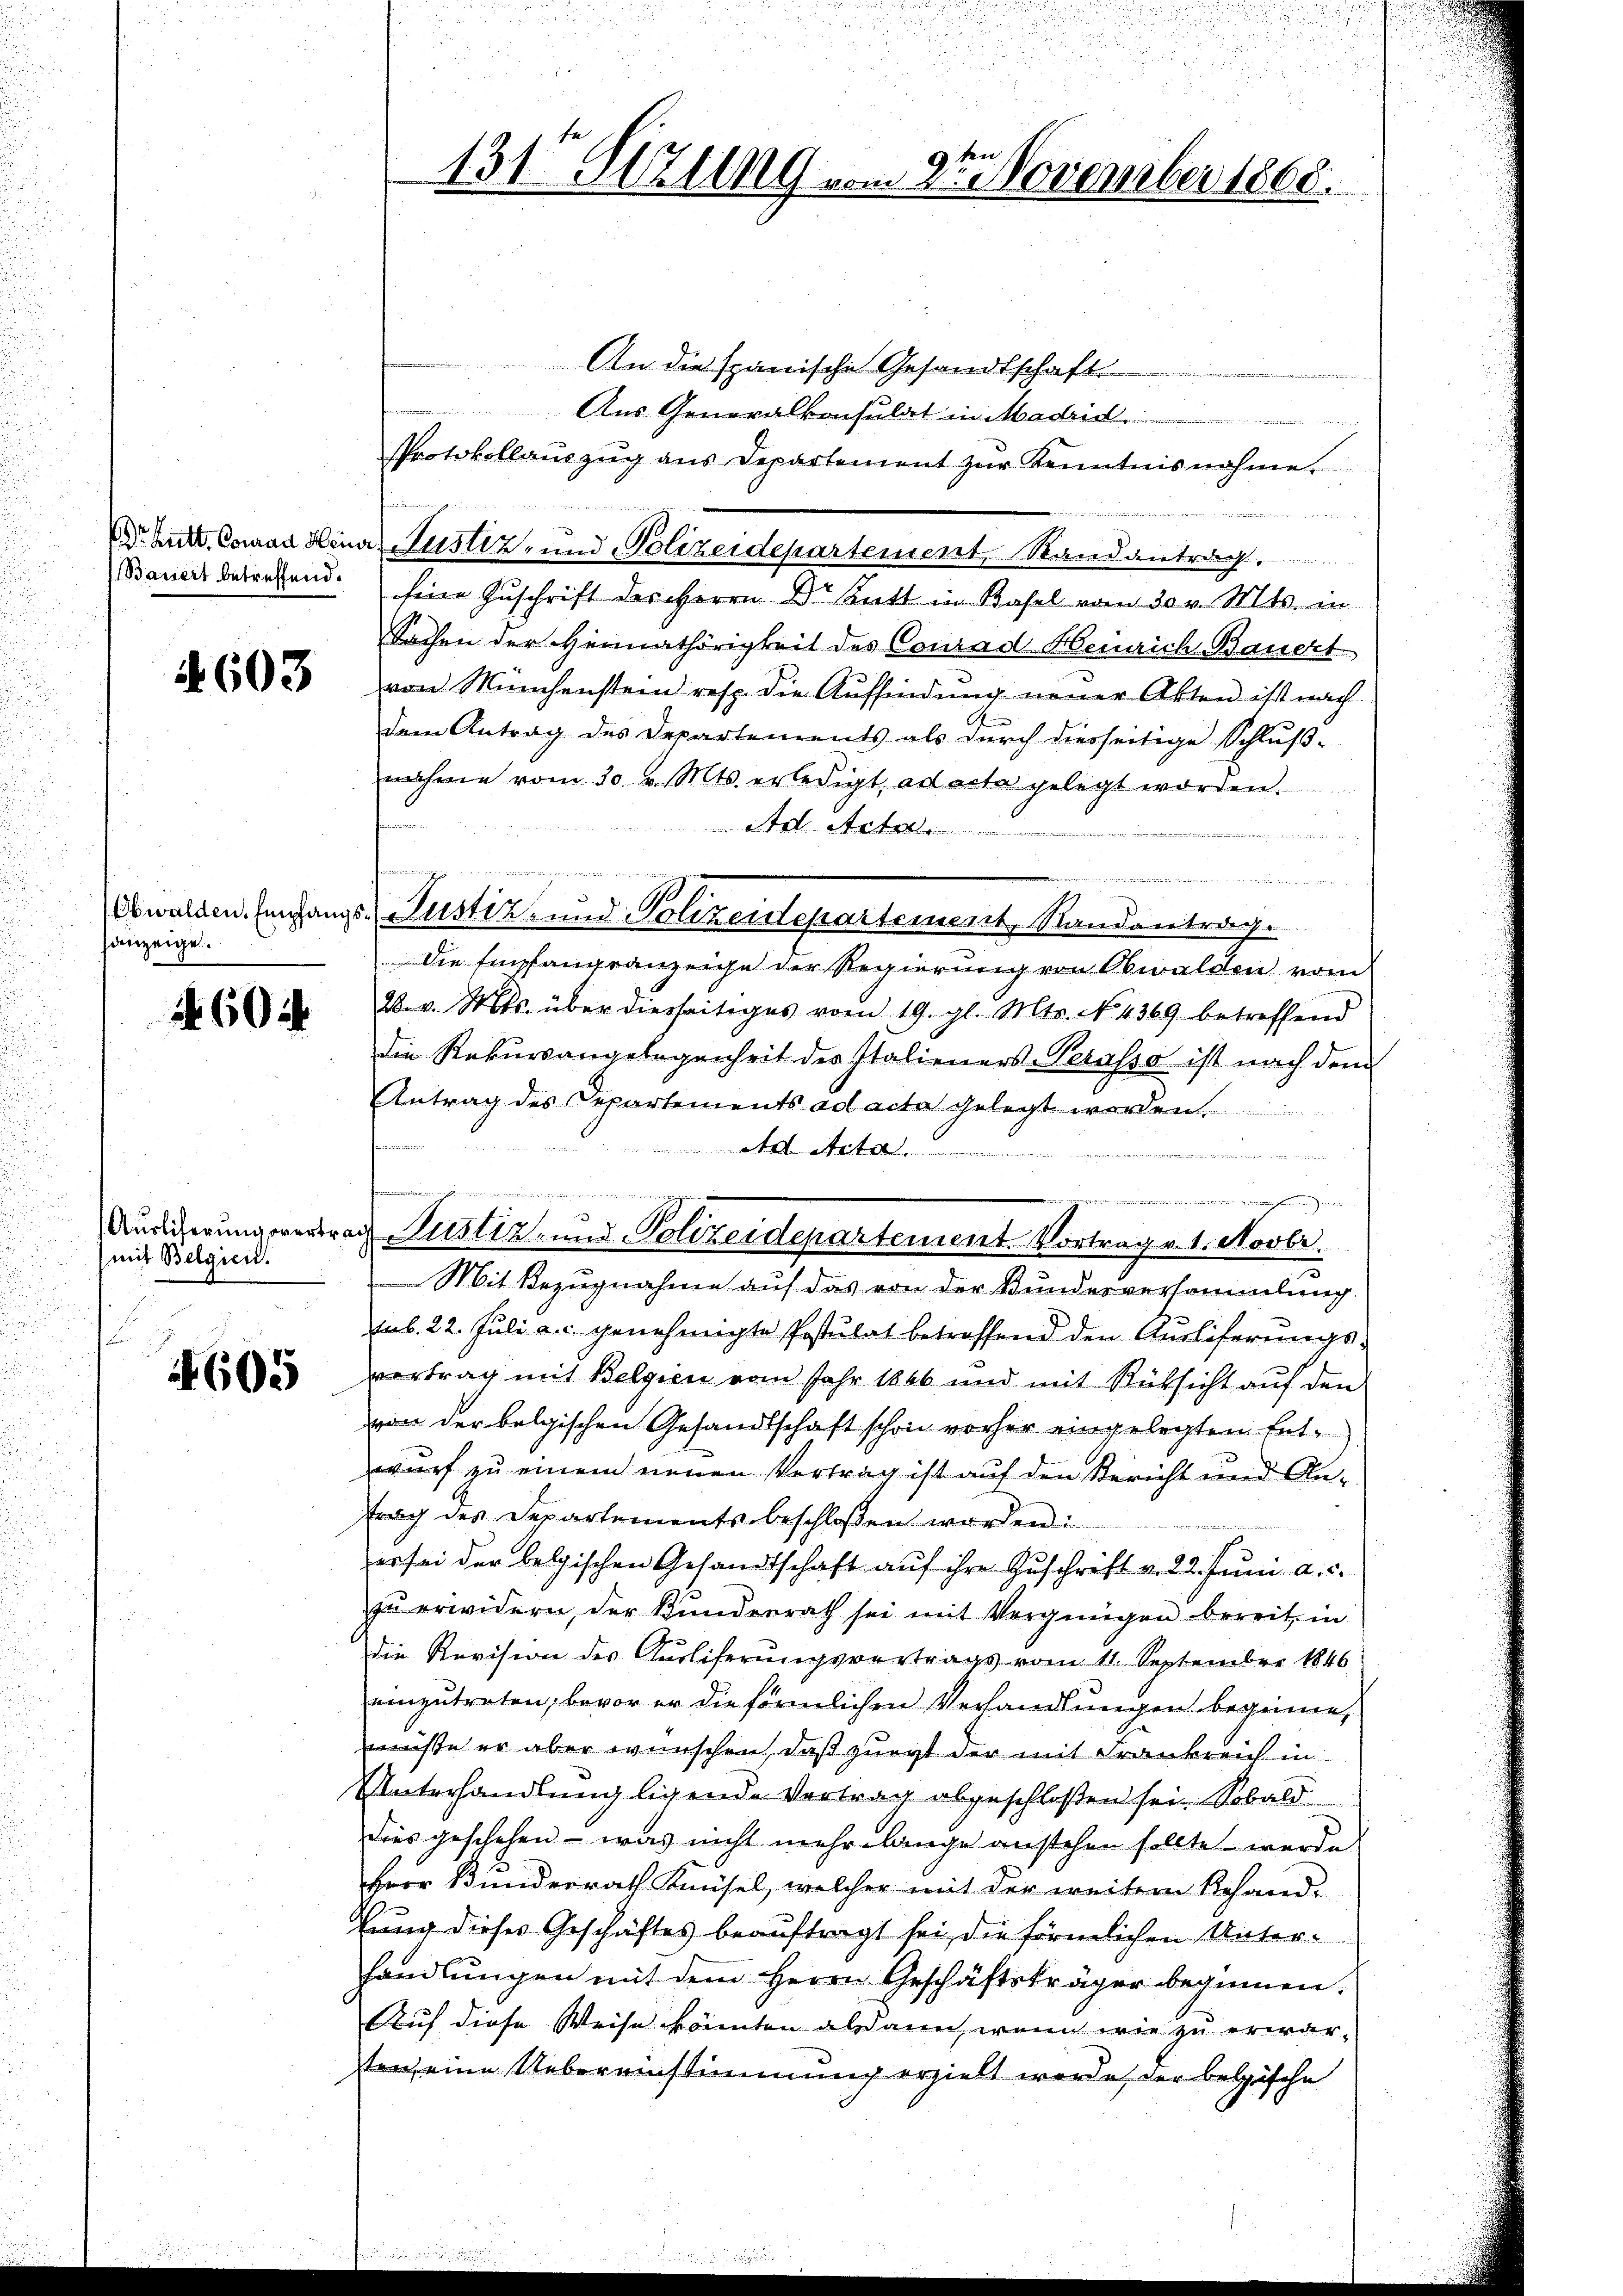
§ 603

sanzeige.

460

(mit Belgien.
.

i
1605

An die spanische Gesandtschaft
Aus Generalkonsulat in Madrid.
Protokollaŭszŭg ans Departement zŭr Kenntnisnahme.
22
Bauer betreffend. Eine Zuschrift des Herrn Dr. Kett in Basel vom 30 v. Mts. in
Sachen der Heimathörigkeit des Conrad Heinrich Bauert
von Münchenstein resp. die Auffindung neuer Akten ist nach
dem Antrag des Departements als dŭrch diesseitige Schlŭβ-
nahme vom 20. v. Mts. erledigt, ad acta gelegt worden.
 Art.

d                      . . . . . wenn einen
Obwalden Empfangs- Pustiz- und Polizeidepartement, Randantrag.
Die Empfangranzeige der Regierung von Obwalden vom
28. v. Mts. über diesseitiges vom 19. gl. Mts. NNo. 4369 betreffend
die Rekursangelegenheit der Italieners-Perasso ist nach dem
Antrag des Departements ad acta gelegt werden.
t
 Mit Bezugnahme auf das von der Bundesversammlung
sub. 22. Juli a.c. genehmigte Postulat betreffend den Auslieferungs-
vertrag mit Belgien vom Jahr 1866 und mit Rüksicht auf den
von der belgischen Gesandtschaft schon vorher eingelegten Ent-
wurf zu einem neuen Vertrag ist auf den Bericht und Antrag des Departementsbeschlossen worden
er sei der belgischen Gesandtschaft auf ihre Zuschrift v. 22. Juni a. c.
zŭ erwidern, der Kundenrath sei mit Vergnügen bereit, in
die Revision des Aŭsliserŭngsvertrags vom 11. September 1846
einzutreten, bevor er die förmlichen Verhandlungen beginne,
müsse er aber wünschen, daß zuert der mit Frankreich in
Unterhandlung ligende Vertrag abgeschloßen sei. Sobald
dies geschehen - was nicht mehr lange anstehen sollte werde
Herr Bunderrath Knüsel, welcher mit der weitern Rehand-
thung dieses Geschäftes beauftragt sei, die förmlichen Unterhandlŭngen mit dem Herrn Geschäftsträger beginnen.
Auf diese Weise könnten aldaren, wenn wie zu erwarten eine Uebereinstimmung erzielt werde, der belgische

g

55
131. Stellg vom 27. November 1868.

ieer gegen

Ed. Bett. Conrad Mina Justiz- und Polizeidepartement Randantrag.

Auslicherung vertrach Justiz und Polizeidepartement Vortrag v. 1. Novbr.

e